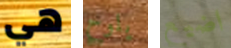
هي يلوح اضيع